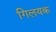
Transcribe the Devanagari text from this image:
गिलयक